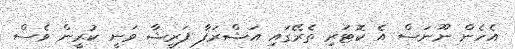
އެހެން ނޫނަސް އެ ކޮޓަރި ތެރޭގައި އަޝްރަފާ ފަރީޝާ ވަނީ ކުރީން ވެސް